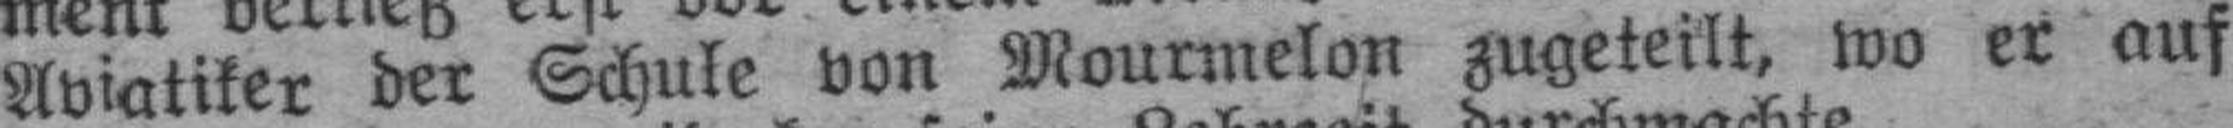
Aviatiker der Schule von Mourmelon zugeteilt, wo er auf